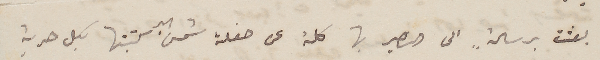
بعثت برسالةٍ الى النصير بها كلمة عن حفلة شمس البر كتبتها بكل حرية